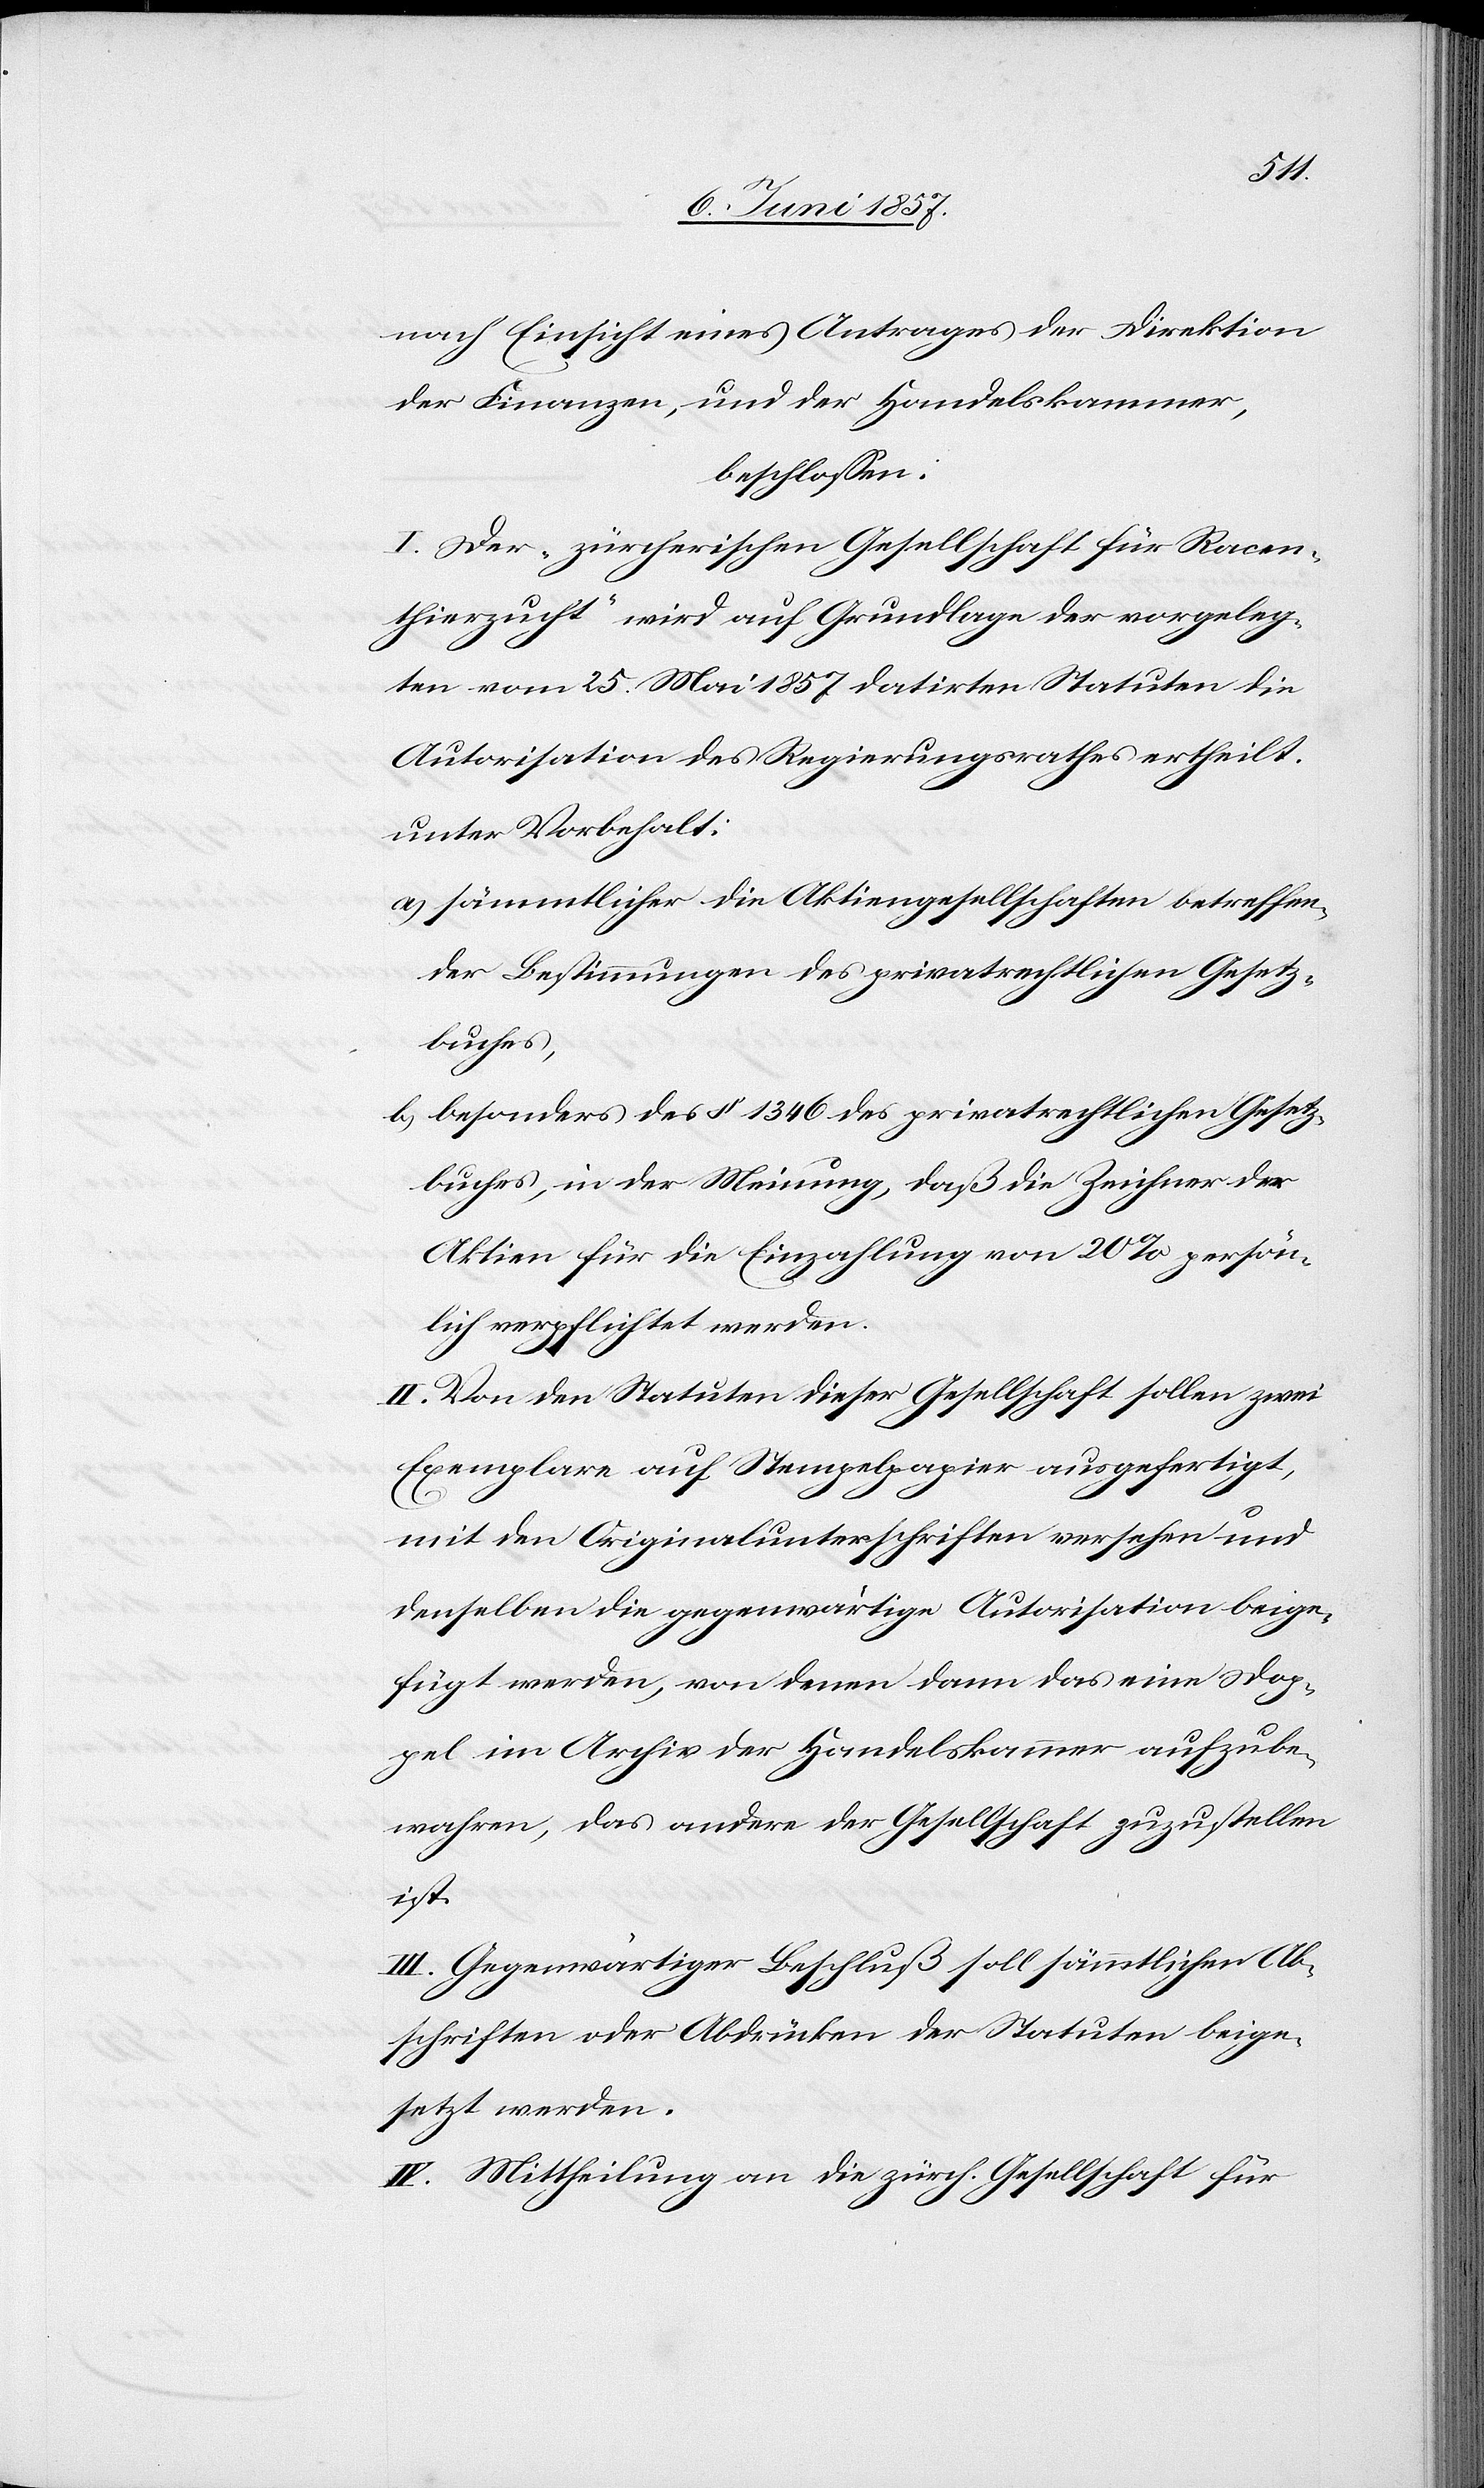
nach Einsicht eines Antrages der Direktion
der Finanzen, und der Handelskammer,
beschlossen:
I. Der „zürcherischen Gesellschaft für Racen¬
thierzucht“ wird auf Grundlage der vorgeleg¬
ten vom 25 Mai 1857 datirten Statuten die
Autorisation des Regierungsrathes ertheilt.
unter Vorbehalt:
a) sämmtlicher die Aktiengesellschaften betreffen¬
den Bestimmungen des privatrechtlichen Gesetz¬
buches,
b) besonders des § 1346 des privatrechtlichen Gesetz¬
buches, in der Meinung, daß die Zeichner der
Aktien für die Einzahlung von 20% persön¬
lich verpflichtet werden.
II. Von den Statuten dieser Gesellschaft sollen zwei
Exemplare auf Stempelpapier ausgefertigt,
mit den Originalunterschriften versehen und
denselben die gegenwärtige Autorisation beige¬
fügt werden, von denen dann das eine Dop¬
pel im Archiv der Handelskammer aufzube¬
wahren, das andere der Gesellschaft zuzustellen
ist.
III. Gegenwärtiger Beschluß soll sämmtlichen Ab¬
schriften oder Abdrücken der Statuten beige¬
setzt werden.
IV. Mittheilung an die zürch. Gesellschaft für